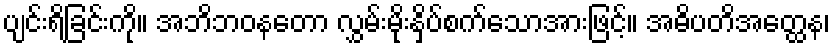
ပျင်းရိခြင်းကို။ အဘိဘဝနတော လွှမ်းမိုးနှိပ်စက်သောအားဖြင့်။ အဓိပတိအတ္ထေန၊